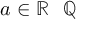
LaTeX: a \in \mathbb { R } \setminus \mathbb { Q }